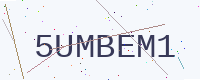
Text: 5UMBEM1